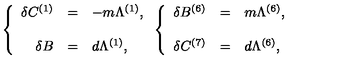
\left\{ \begin{array} { r c l } { \delta C ^ { ( 1 ) } } & { = } & { - m \Lambda ^ { ( 1 ) } , } \\ { } & { } & { } \\ { \delta B } & { = } & { d \Lambda ^ { ( 1 ) } , } \\ \end{array} \right. \left\{ \begin{array} { r c l } { \delta B ^ { ( 6 ) } } & { = } & { m \Lambda ^ { ( 6 ) } , } \\ { } & { } & { } \\ { \delta C ^ { ( 7 ) } } & { = } & { d \Lambda ^ { ( 6 ) } , } \\ \end{array} \right.